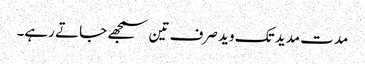
مدت مدید تک وید صرف تین سمجھے جاتے رہے۔